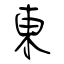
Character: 東